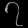
Digit: ၇